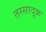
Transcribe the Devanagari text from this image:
तस्सादूक़